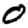
Digit: 0